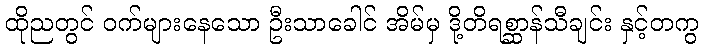
ထိုညတွင် ဝက်များနေသော ဦးသာခေါင် အိမ်မှ ဒို့တိရစ္ဆာန်သီချင်း နှင့်တကွ